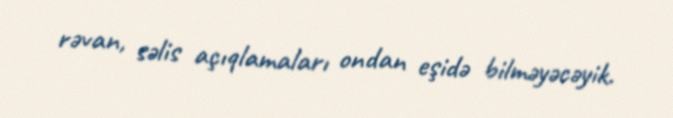
rəvan, səlis açıqlamaları ondan eşidə bilməyəcəyik.